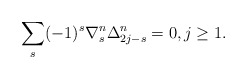
\begin{align*}\sum_{s}(-1)^{s}\nabla^n_{s}\Delta^n_{2j-s}=0,j\geq 1.\end{align*}